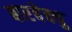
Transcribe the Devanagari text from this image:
बारबेक्यु